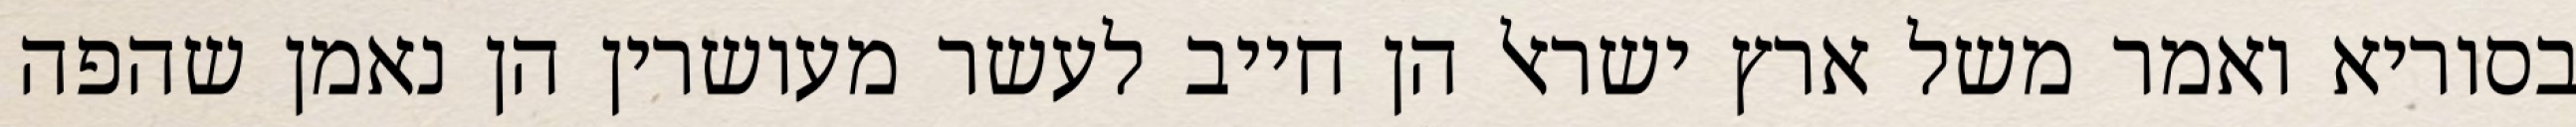
בסוריא ואמר משל ארץ ישראל הן חייב לעשר מעושרין הן נאמן שהפה